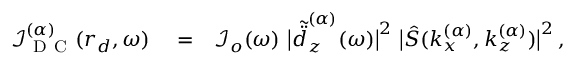
\begin{array} { r l r } { \boldsymbol { \mathcal { I } } _ { \mathrm { ~ D ~ C ~ } } ^ { ( \alpha ) } ( \boldsymbol { r } _ { d } , \omega ) } & { { } = } & { \boldsymbol { \mathcal { I } } _ { o } ( \omega ) \, \, \big | \tilde { \ddot { d } } _ { z } ^ { ( \alpha ) } ( \omega ) \big | ^ { 2 } \, \, \big | \hat { S } ( k _ { x } ^ { ( \alpha ) } , k _ { z } ^ { ( \alpha ) } ) \big | ^ { 2 } \, , \quad \quad } \end{array}